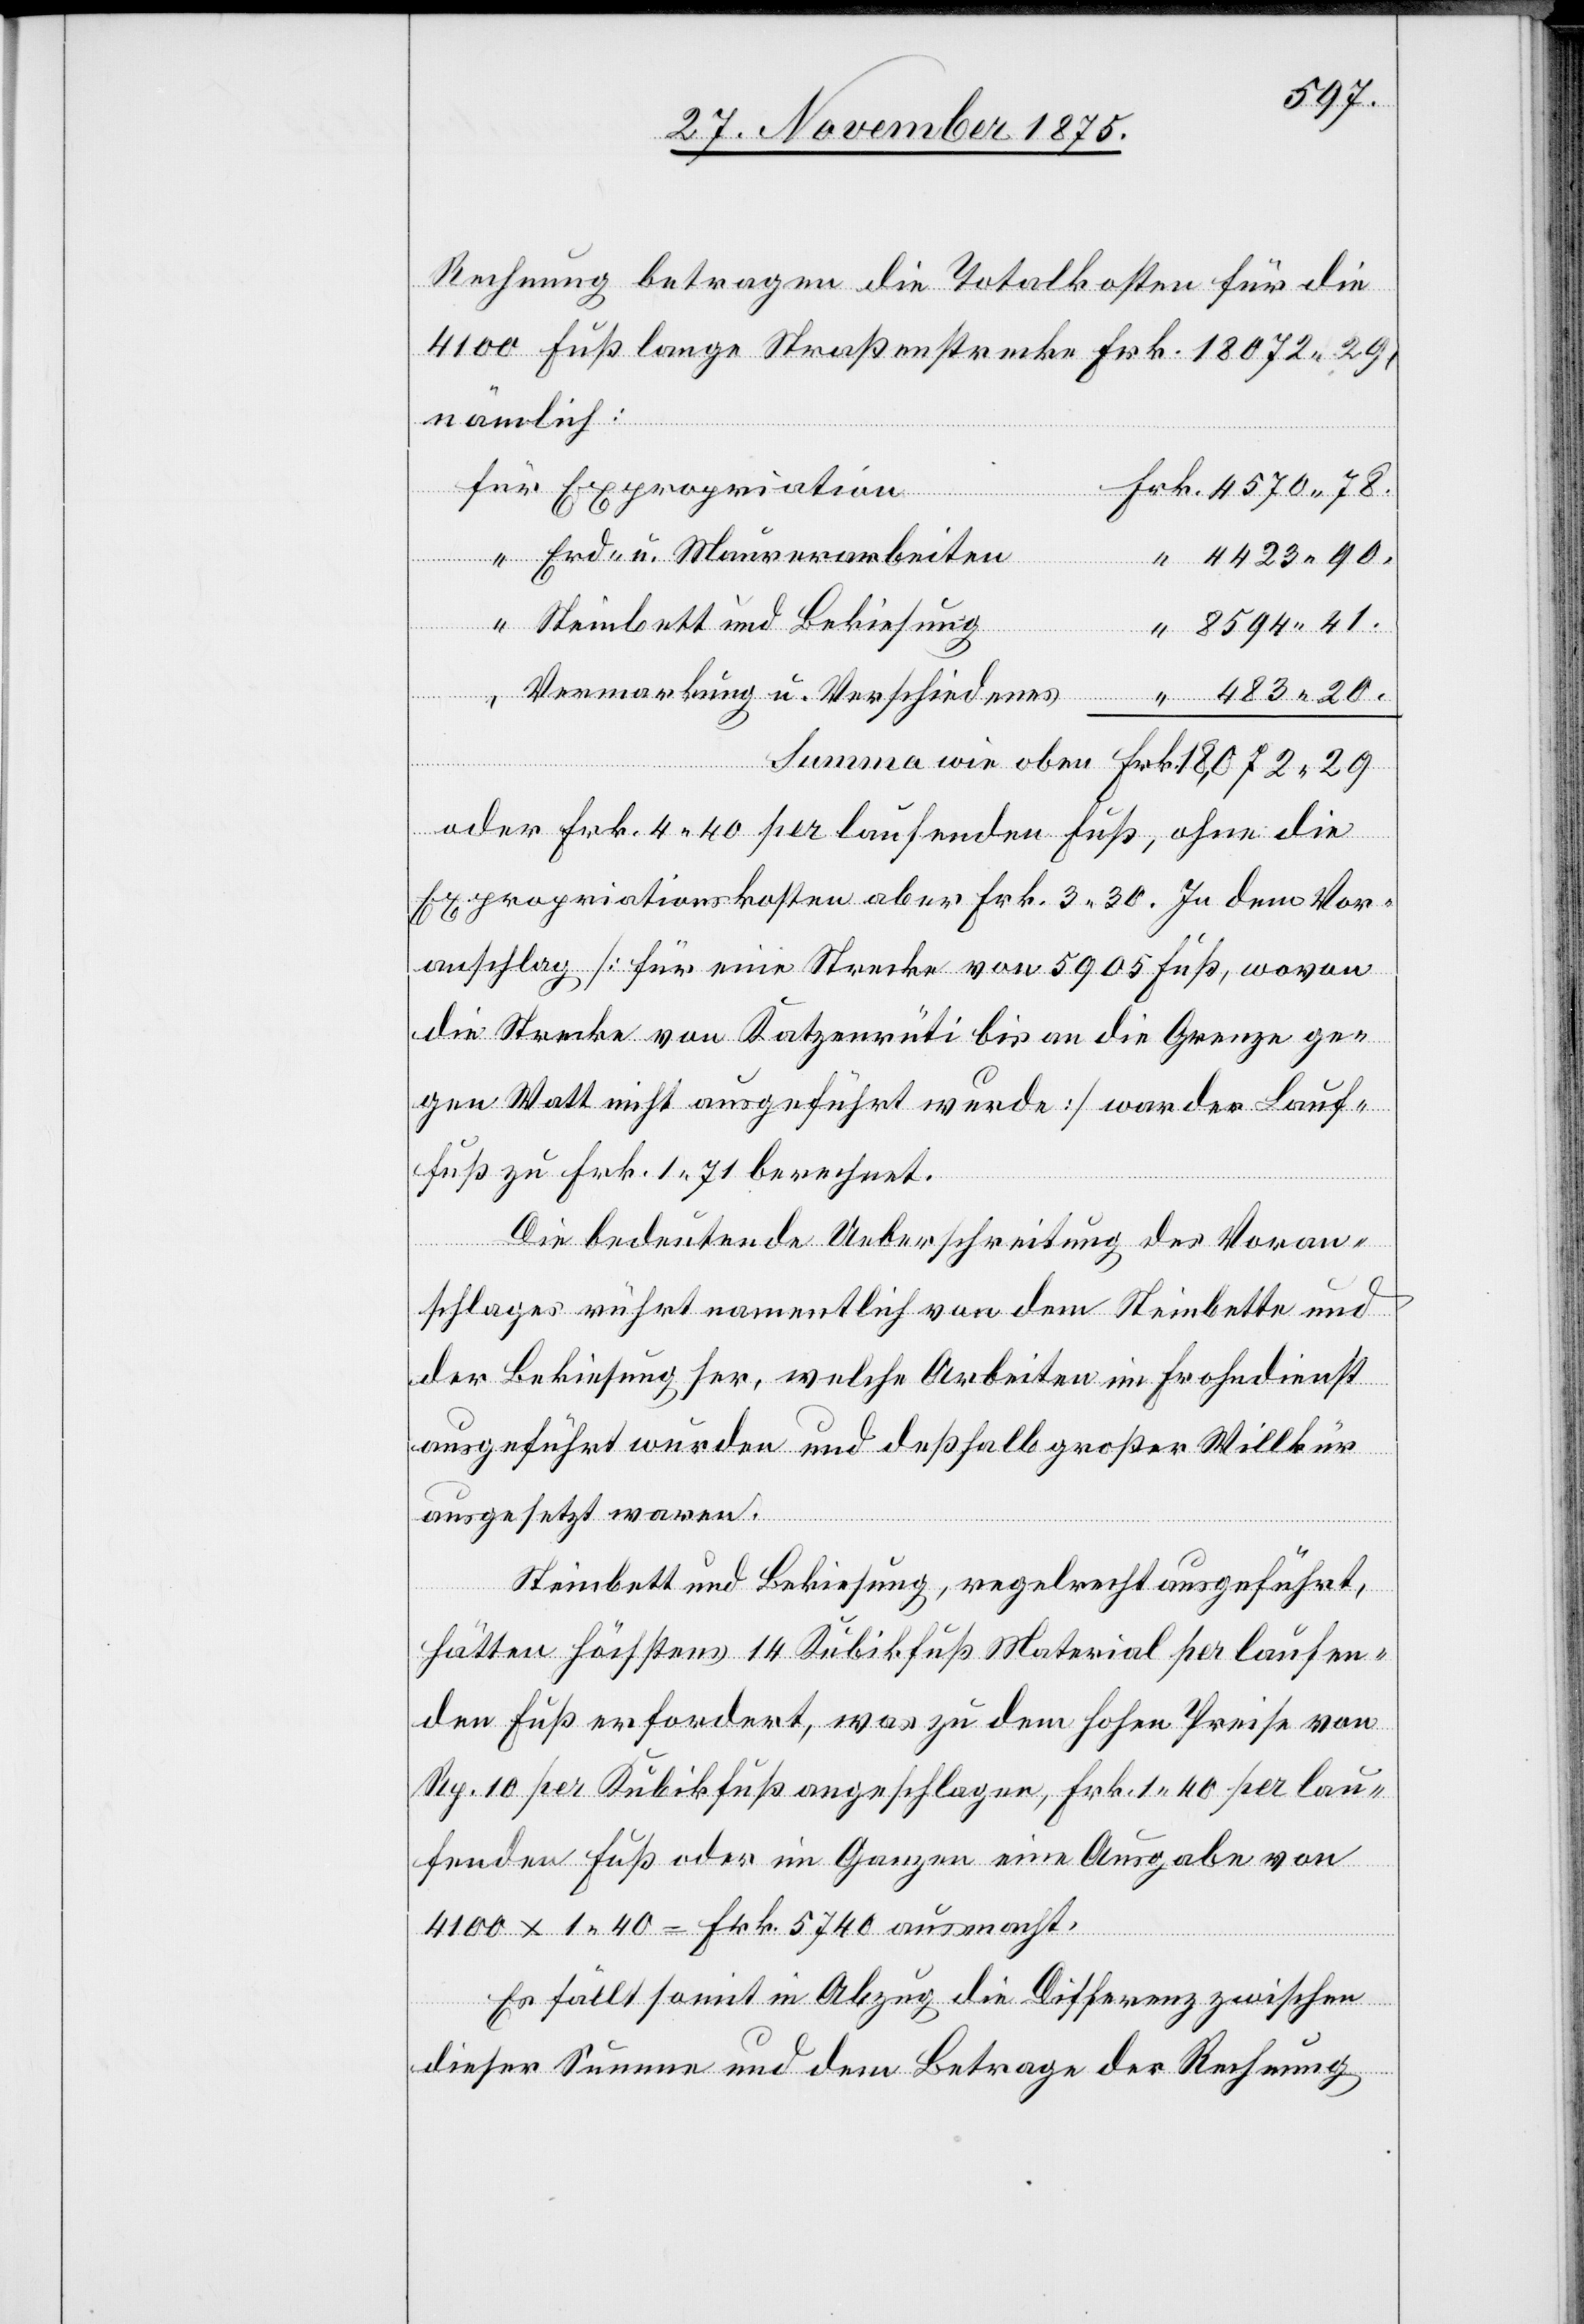
29.
Rechnung betragen die Totalkosten für die
4100 Fuß lange Straßenstrecke Frk. 18072 29,
nämlich:
Erd- u. Maurerarbeiten
4423 90.
Steinbett und Bekiesung
41.
Vermarkung u.
wie oben
oder Frk. 4 40 per laufenden Fuß, ohne die
Expropriationskosten aber Frk. 3 30. In dem Vor¬
anschlag [für eine Strecke von 5905 Fuß, wovon
die Strecke von Katzenrüti bis an die Grenze ge¬
gen Watt nicht ausgeführt wurde] war der Lauf¬
fuß zu Frk. 1 71 berechnet.
Die bedeutende Ueberschreitung des Voran¬
schlages rührt namentlich von dem Steinbette und
der Bekiesung her, welche Arbeiten im Frohndienst
ausgeführt wurden und deßhalb großer Willkür
ausgesetzt waren.
Steinbett und Bekiesung, regelrecht ausgeführt,
hätten höchstens 14 Kubikfuß Material per laufen¬
den Fuß erfordert, was zu dem hohen Preise von
Rp. 10 per Kubikfuß angeschlagen, Frk. 1 40 per lau¬
fenden Fuß oder im Ganzen eine Ausgabe von
4100 x 1 40 = Frk. 5740 ausmacht.
Es fällt somit in Abzug die Differenz zwischen
dieser Summe und dem Betrage der Rechnung